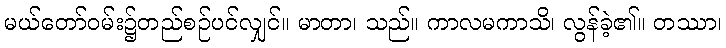
မယ်တော်ဝမ်း၌တည်စဉ်ပင်လျှင်။ မာတာ၊ သည်။ ကာလမကာသိ၊ လွန်ခဲ့၏။ တဿာ၊